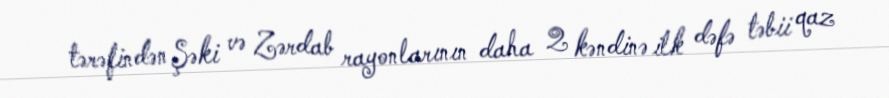
tərəfindən Şəki və Zərdab rayonlarının daha 2 kəndinə ilk dəfə təbii qaz